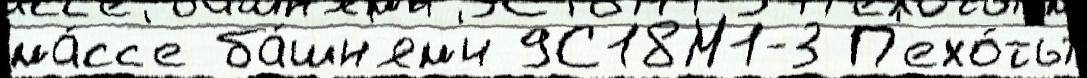
ма́сс'е ба́шн'ям'и 9С18М1-3 П'ехо́ты